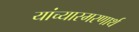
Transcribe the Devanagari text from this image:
यांच्यास्मरणार्थ